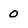
Character: 0